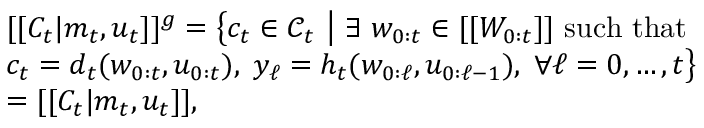
\begin{array} { r l } & { [ [ C _ { t } | m _ { t } , u _ { t } ] ] ^ { \boldsymbol { g } } = \big \{ c _ { t } \in \mathcal { C } _ { t } ~ \big | ~ \exists \; w _ { 0 : t } \in [ [ W _ { 0 : t } ] ] \mathrm { ~ s u c h ~ t h a t ~ } } \\ & { c _ { t } = d _ { t } ( w _ { 0 : t } , u _ { 0 : t } ) , \; y _ { \ell } = h _ { t } ( w _ { 0 : \ell } , u _ { 0 : \ell - 1 } ) , \; \forall \ell = 0 , \dots , t \big \} } \\ & { = [ [ C _ { t } | m _ { t } , u _ { t } ] ] , } \end{array}